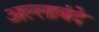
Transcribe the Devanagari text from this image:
अल्लाबंदे